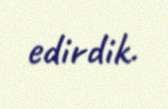
edirdik.